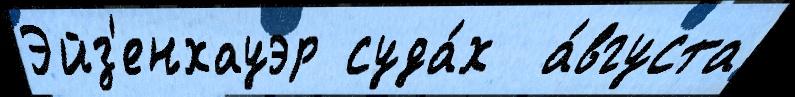
Эйз'енхауэр суда́х  а́вгуста